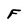
Character: F